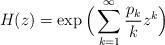
LaTeX: \begin{align*}H(z)=\exp\Big(\sum_{k=1}^{\infty}\frac{p_{k}}{k}z^{k}\Big)\end{align*}